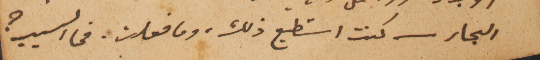
البحار كنت استطيع ذلك، وما فعلت، فما السبب؟